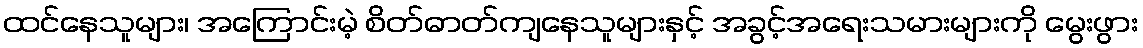
ထင်နေသူများ၊ အကြောင်းမဲ့ စိတ်ဓာတ်ကျနေသူများနှင့် အခွင့်အရေးသမားများကို မွေးဖွား